Vaccination in Bombay 1869-1873 - 1869-1873
Year: 1869
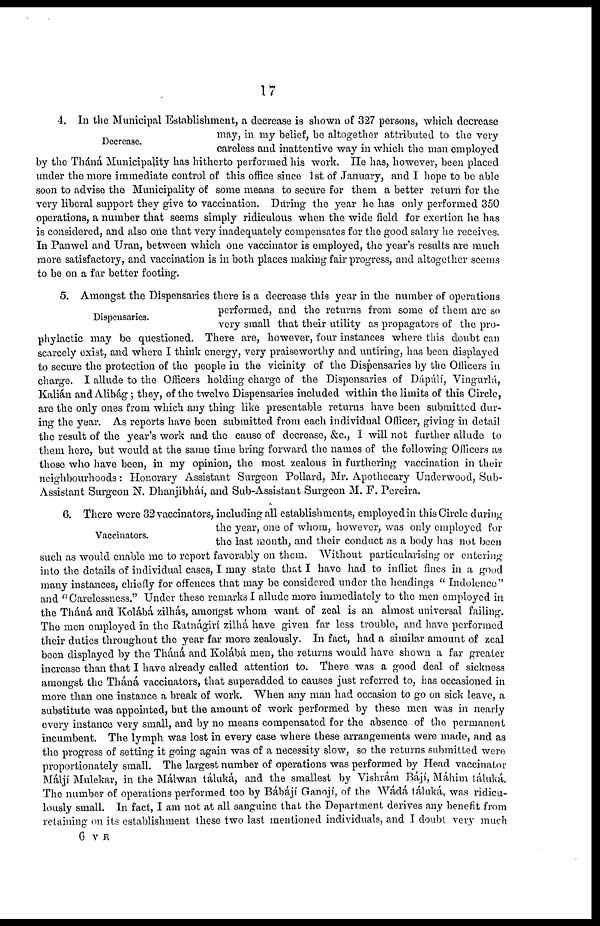
17
Decrease.
4. In the Municipal Establishment, a decrease is shown of 327 persons, which decrease
may, in my belief, be altogether attributed to the very
careless and inattentive way in which the man employed
by the Tháná Municipality has hitherto performed his work. He has, however, been placed
under the more immediate control of this office since 1st of January, and I hope to be able
soon to advise the Municipality of some means to secure for them a better return for the
very liberal support they give to vaccination. During the year he has only performed 350
operations, a number that seems simply ridiculous when the wide field for exertion he has
is considered, and also one that very inadequately compensates for the good salary he receives.
In Panwel and Uran, between which one vaccinator is employed, the year's results are much
more satisfactory, and vaccination is in both places making fair progress, and altogether seems
to be on a far better footing.
Dispensaries.
5. Amongst the Dispensaries there is a decrease this year in the number of operations
performed, and the returns from some of them are so
very small that their utility as propagators of the pro-
phylactic may be questioned. There are, however, four instances where this doubt can
scarcely exist, and where I think energy, very praiseworthy and untiring, has been displayed
to secure the protection of the people in the vicinity of the Dispensaries by the Officers in
charge. I allude to the Officers holding charge of the Dispensaries of Dápulí, Vingurlá,
Kalián and Alibág; they, of the twelve Dispensaries included within the limits of this Circle,
are the only ones from which any thing like presentable returns have been submitted dur-
ing the year. As reports have been submitted from each individual Officer, giving in detail
the result of the year's work and the cause of decrease, &c., I will not further allude to
them here, but would at the same time bring forward the names of the following Officers as
those who have been, in my opinion, the most zealous in furthering vaccination in their
neighbourhoods: Honorary Assistant Surgeon Pollard, Mr. Apothecary Underwood, Sub-
Assistant Surgeon N. Dhanjibhái, and Sub-Assistant Surgeon M. F. Pereira.
Vaccinators.
6. There were 32 vaccinators, including all establishments, employed in this Circle during
the year, one of whom, however, was only employed for
the last month, and their conduct as a body has not been
such as would enable me to report favorably on them. Without particularising or entering
into the details of individual cases, I may state that I have had to inflict fines in a good
many instances, chiefly for offences that may be considered under the headings " Indolence "
and " Carelessness." Under these remarks I allude more immediately to the men employed in
the Tháná and Kolábá zilhás, amongst whom want of zeal is an almost universal failing.
The men employed in the Ratnágirí zilhá have given far less trouble, and have performed
their duties throughout the year far more zealously. In fact, had a similar amount of zeal
been displayed by the Tháná and Kolábá men, the returns would have shown a far greater
increase than that I have already called attention to. There was a good deal of sickness
amongst the Tháná vaccinators, that superadded to causes just referred to, has occasioned in
more than one instance a break of work. When any man had occasion to go on sick leave, a
substitute was appointed, but the amount of work performed by these men was in nearly
every instance very small, and by no means compensated for the absence of the permanent
incumbent. The lymph was lost in every case where these arrangements were made, and as
the progress of setting it going again was of a necessity slow, so the returns submitted were
proportionately small. The largest number of operations was performed by Head vaccinator
Málji Mulekar, in the Málwan táluká, and the smallest by Vishrám Bájí, Máhim táluká.
The number of operations performed too by Bábájí Ganojí, of the Wádá táluká, was ridicu-
lously small. In fact, I am not at all sanguine that the Department derives any benefit from
retaining on its establishment these two last mentioned individuals, and I doubt very much
6 V R